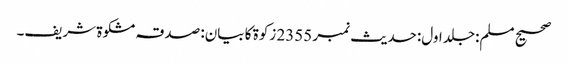
صحیح مسلم:جلد اول:حدیث نمبر 2355 زکوة کا بیان: صدقہ مشکوة شریف۔